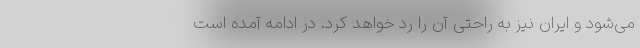
می‌شود و ایران نیز به راحتی آن را رد خواهد کرد. در ادامه آمده است